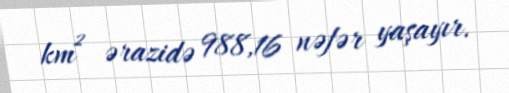
km² ərazidə 988,16 nəfər yaşayır.